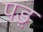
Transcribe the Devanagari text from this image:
पड़़